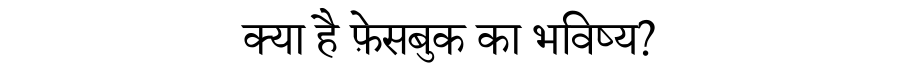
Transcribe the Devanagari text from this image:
क्या है फ़ेसबुक का भविष्य?